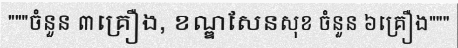
"""ចំនួន ៣គ្រឿង, ខណ្ឌសែនសុខ ចំនួន ៦គ្រឿង"""